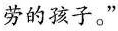
劳的孩子。”